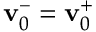
\mathbf { v } _ { 0 } ^ { - } = \mathbf { v } _ { 0 } ^ { + }